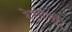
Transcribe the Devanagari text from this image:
देवगणो